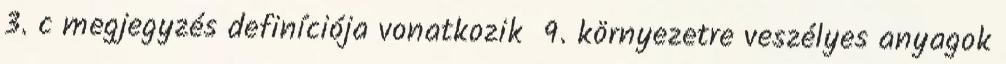
3. c megjegyzés definíciója vonatkozik 9. környezetre veszélyes anyagok